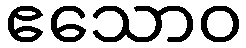
ဧသောဝ